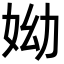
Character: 𡛙